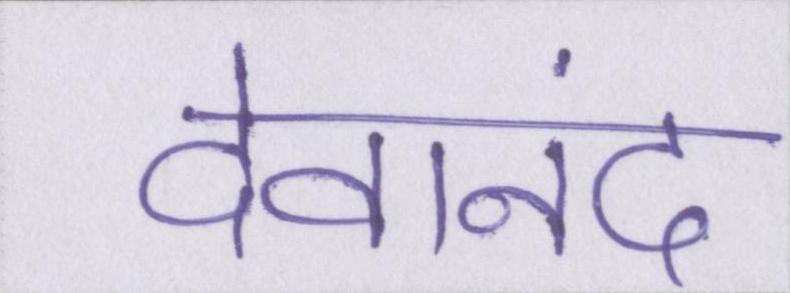
देवानंद